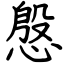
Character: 慇